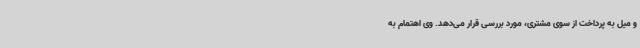
و میل به پرداخت از سوی مشتری، مورد بررسی قرار می‌دهد. وی اهتمام به